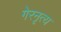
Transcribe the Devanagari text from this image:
गेरनृत्य